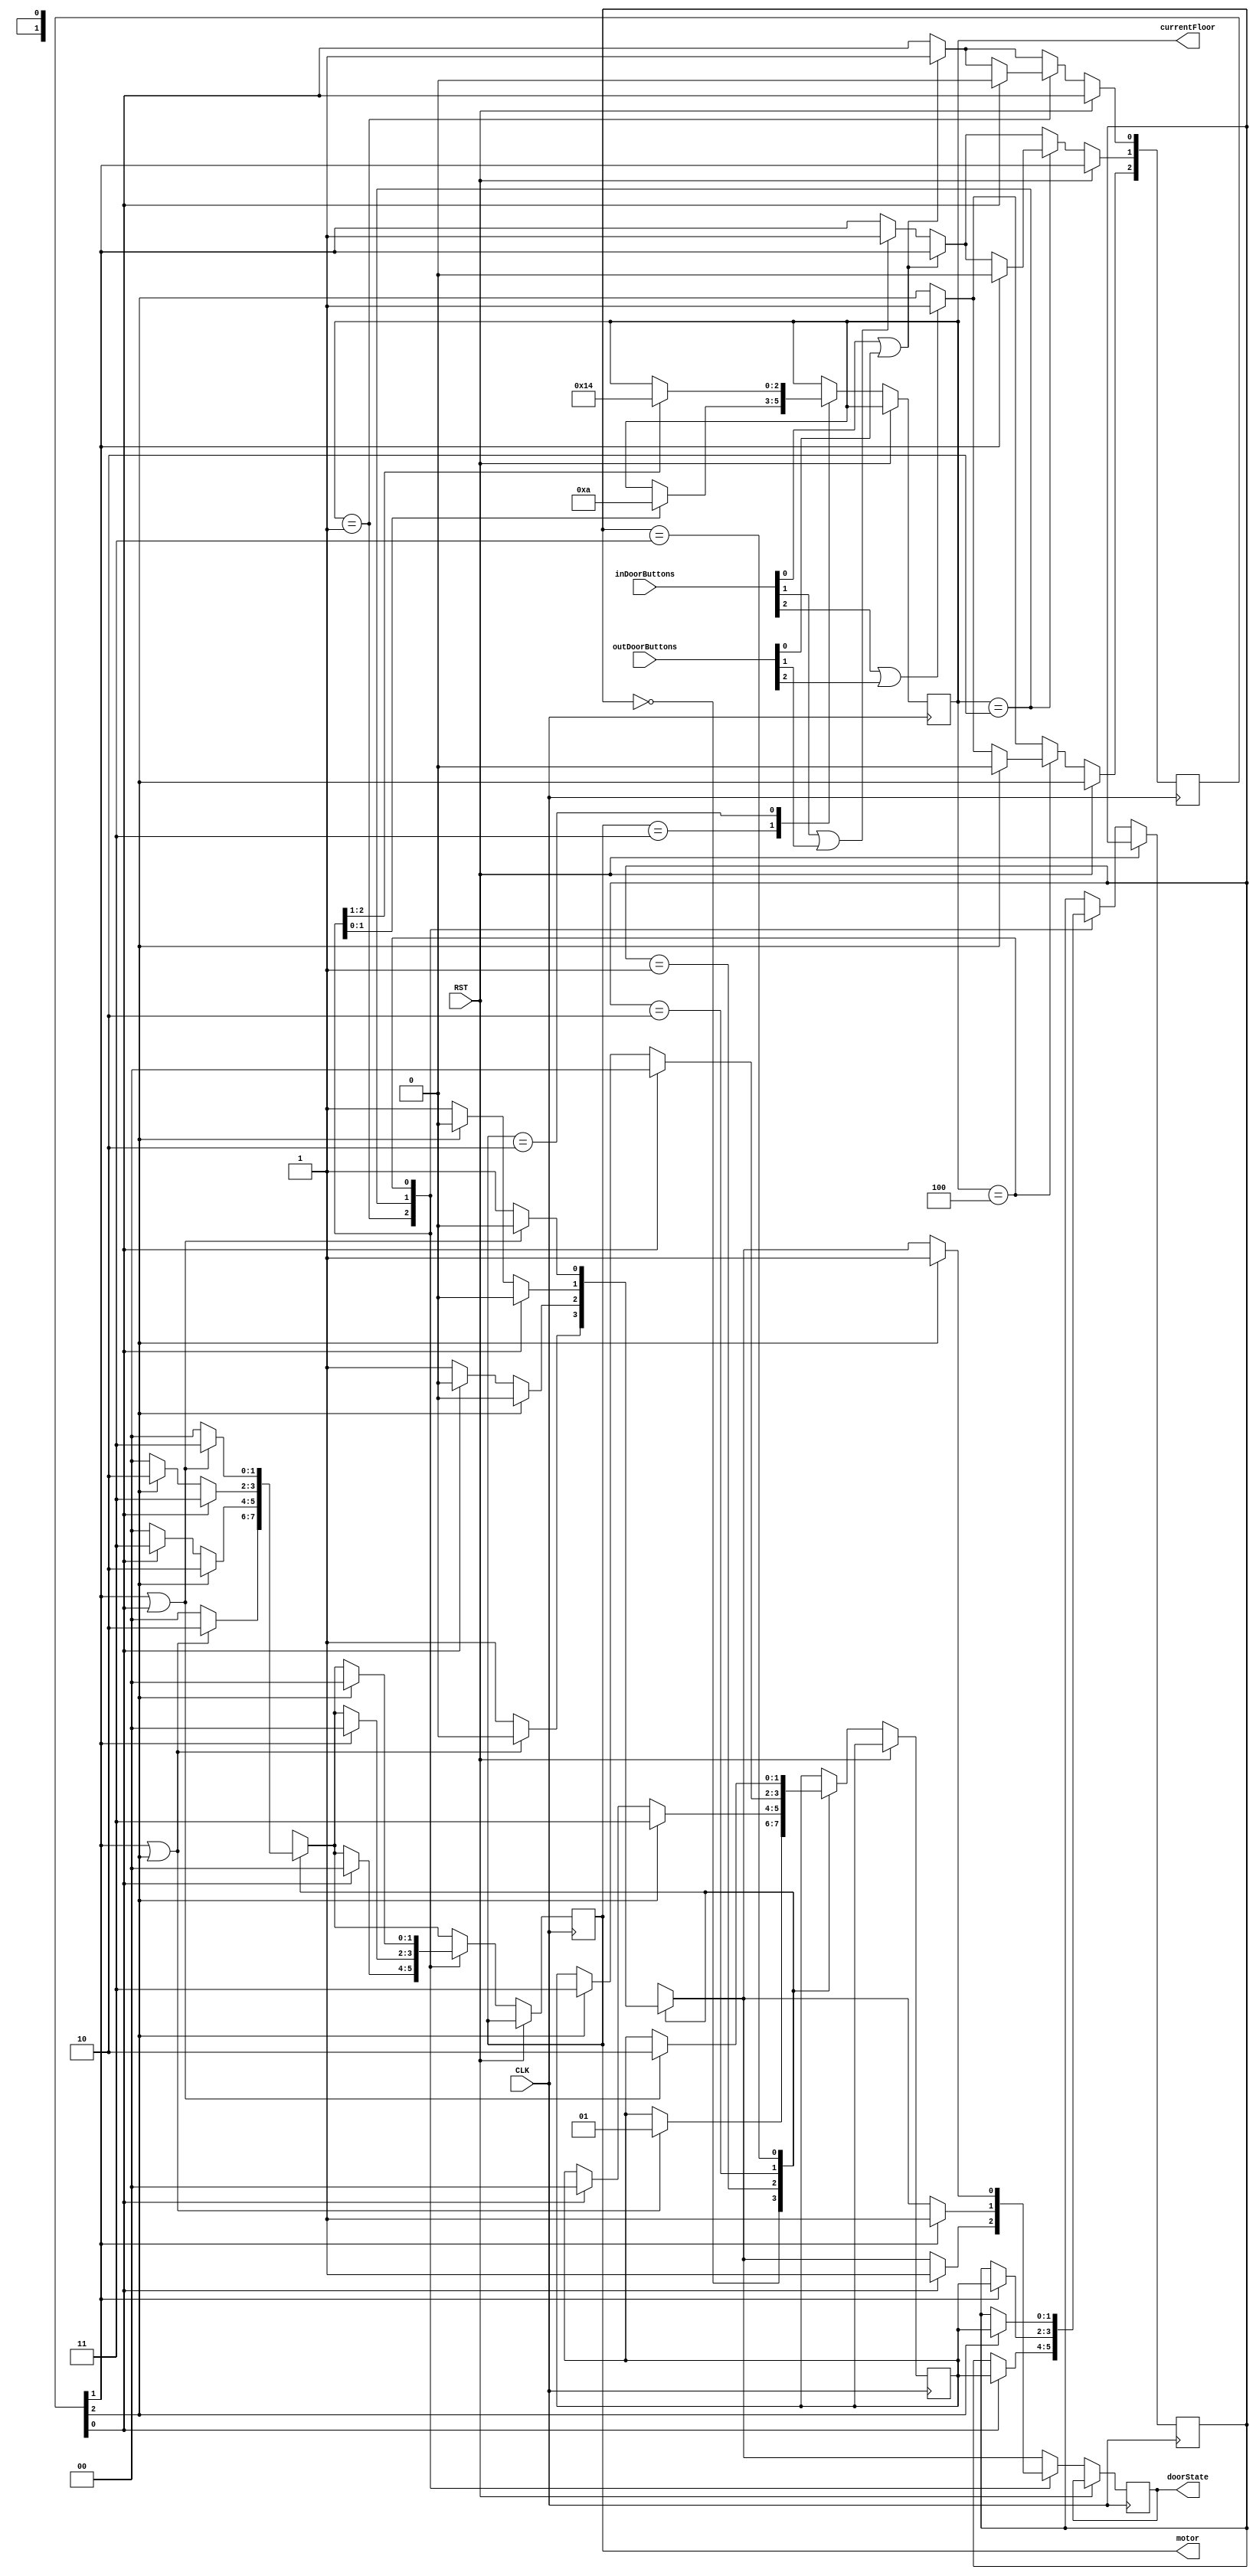
`timescale 1ns / 1ps
//////////////////////////////////////////////////////////////////////////////////
// Company:
// Engineer:
//
// Design Name:
// Module Name:	E1
// Project Name:
// Target Devices:
// Tool versions:
// Description:
//
// Dependencies:
//
// Revision:
// Revision 0.01 - File Created
// Additional Comments:
//
//////////////////////////////////////////////////////////////////////////////////

`define CLOCK_FREQ 1000
`define TIME_DELAY 3


module E1(CLK,RST,inDoorButtons,outDoorButtons,motor,doorState, currentFloor);
input CLK,RST;
input[3:1] inDoorButtons,outDoorButtons;
output[1:0] motor;
output doorState;
output[3:1] currentFloor;
reg[1:0] motor = 2'b00;
reg doorState = 0;
reg[3:1] requests = 3'b000 , currentFloor = 3'b001;
reg [1:0] presentState = 2'b00, nextState = 2'b00;
parameter S0 = 2'b00, S1 = 2'b01, S2 = 2'b10, S3 = 2'b11;
parameter motorDown = 2'b11, motorUp = 2'b10, motorOff = 2'b00;
parameter F1 = 3'b001, F2 = 3'b010, F3 = 3'b100;





always @ (posedge CLK)
    	begin
   	 
  	if (RST) begin
   // 	presentState <= S0;  //Initialize to state S0
   // 	doorState <= 0;
	//  	currentFloor <= 3'b001;
    	end
      	else
      	begin
   		 
   		          	if(inDoorButtons[1] == 1 ||outDoorButtons[1] == 1) requests[1] <= 1;
   			 else
        	if(inDoorButtons[2] == 1 ||outDoorButtons[2] == 1) requests[2] <= 1;
   			 else begin end
        	if(inDoorButtons[3] == 1 ||outDoorButtons[3] == 1) requests[3] <= 1;
     	case (presentState)
        	S0:
            	if (requests[2] || requests[3]) begin
            	nextState <= S1; //goes to 2up
            	motor <= motorUp;
            	doorState<=0;
            	end
            	else begin
            	motor <= motorOff;
            	doorState <= 1;
            	end
        	S1: if (requests[3]) begin
            	nextState <= S3; //2up goes to 3rd floor
            	motor <= motorUp;
            	doorState<=0;
            	end
              	else if (requests[1]) begin
                    	nextState <= S0; //2up goes to 1st floor
                    	motor <= motorDown;
                    	doorState<=0;
                    	end
                    	else begin
                    	motor <= motorOff;
                    	doorState <= 1;
                    	end
        	S2: if (requests[1]) begin
            	nextState <= S0; //2down goes to 1st floor
            	motor <= motorDown;
            	doorState<=0;
            	end
                    	else if(requests[3]) begin
                    	nextState <= S3; //2down goes to the 3rd floor
                    	motor <= motorUp;
                    	doorState<=0;
                    	end
                    	else begin
                    	motor <= motorOff;
                    	doorState<=1;
                    	end
        	S3: if (requests[2] || requests[1]) begin
            	nextState <= S2;
            	motor <= motorDown;
            	doorState<=0;
            	end
            	else begin
            	motor <= motorOff;
            	doorState<=1;
            	end
     	endcase
       	 
       	 
        	case(currentFloor)
        	F1:
        	if(requests[1]) begin
        	motor <= motorOff;
        	doorState<=1;
        	requests[1] <= 0;
       	 
        	presentState <= nextState;
       	 
        	end
       	 
       	 
        	F2:
        	if(requests[2]) begin
        	motor <= motorOff;
        	doorState<=1;
        	requests[2] <= 0;
       	 
        	presentState <= nextState;
       	 
        	end
       	 
       	 
        	F3:
        	if(requests[3]) begin
        	motor <= motorOff;
        	doorState<=1;
        	requests[3] <= 0;
       	 
        	presentState <= nextState;
       	 
        	end
       	 
        	endcase
   		 
   		 
      	case(motor)
      	motorDown: begin
      	case(currentFloor)
      	F2: currentFloor <= F1;
      	F3: currentFloor <= F2;
      	endcase
      	end
     	 
    	motorUp: begin
      	case(currentFloor)
      	F1: currentFloor <= F2;
      	F2: currentFloor <= F3;
      	endcase
      	end
     	 
    	motorOff: begin
     	 
      	end
      	endcase
/*  	else begin
    	case(motor)
    	motorDown: doorState = 0;
    	motorUp: doorState = 0;
    	motorOff: begin
    	//open elevator's door
    	doorState = 1;
    	//wait for some seconds
    	if (counter > 0) begin
    	counter <= counter - 1;
  end else begin
      	//close elevator's door
            	doorState = 0;
        	counter <= 50;
   	 
    	end
    	end
    	endcase
    	if(doorState == 0)
    	begin
    	case(currentFloor)
    	F1: presentState = nextState;
    	F2: presentState = nextState;
    	F3: presentState = nextState;

    	endcase
    	end
   	 
    	end */
   	 
      	end
   		 
   		  end
   	 

 /*  	 
always @ (presentState or inDoorButtons or outDoorButtons or currentFloor) 	//Determine next state
        	begin
        	if(inDoorButtons[1] == 1 ||outDoorButtons[1] == 1) requests[1] <= 1;
   			 else
        	if(inDoorButtons[2] == 1 ||outDoorButtons[2] == 1) requests[2] <= 1;
   			 else begin end
        	if(inDoorButtons[3] == 1 ||outDoorButtons[3] == 1) requests[3] <= 1;
     	case (presentState)
        	S0:
            	if (requests[2] || requests[3]) begin
            	nextState <= S1; //goes to 2up
            	motor <= motorUp;
            	doorState<=0;
            	end
            	else begin
            	motor <= motorOff;
            	doorState <= 1;
            	end
        	S1: if (requests[3]) begin
            	nextState <= S3; //2up goes to 3rd floor
            	motor <= motorUp;
            	doorState<=0;
            	end
              	else if (requests[1]) begin
                    	nextState <= S0; //2up goes to 1st floor
                    	motor <= motorDown;
                    	doorState<=0;
                    	end
                    	else begin
                    	motor <= motorOff;
                    	doorState <= 1;
                    	end
        	S2: if (requests[1]) begin
            	nextState <= S0; //2down goes to 1st floor
            	motor <= motorDown;
            	doorState<=0;
            	end
                    	else if(requests[3]) begin
                    	nextState <= S3; //2down goes to the 3rd floor
                    	motor <= motorUp;
                    	doorState<=0;
                    	end
                    	else begin
                    	motor <= motorOff;
                    	doorState<=1;
                    	end
        	S3: if (requests[2] || requests[1]) begin
            	nextState <= S2;
            	motor <= motorDown;
            	doorState<=0;
            	end
            	else begin
            	motor <= motorOff;
            	doorState<=1;
            	end
     	endcase
       	 
       	 
        	case(currentFloor)
        	F1:
        	if(requests[1]) begin
        	motor <= motorOff;
        	doorState<=1;
        	requests[1] <= 0;
       	 
        	presentState <= nextState;
       	 
        	end
       	 
       	 
        	F2:
        	if(requests[2]) begin
        	motor <= motorOff;
        	doorState<=1;
        	requests[2] <= 0;
       	 
        	presentState <= nextState;
       	 
        	end
       	 
       	 
        	F3:
        	if(requests[3]) begin
        	motor <= motorOff;
        	doorState<=1;
        	requests[3] <= 0;
       	 
        	presentState <= nextState;
       	 
        	end
       	 
        	endcase
       	 
        	end */
           	 
 	//       	bcdsevenseg seg(currentFloor , SEG_SEL , SEG_DATA);
       	 
       	 

endmodule